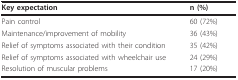
<table><thead><tr><td><b>Key expectation</b></td><td><b>n (%)</b></td></tr></thead><tbody><tr><td>Pain control</td><td>60 (72%)</td></tr><tr><td>Maintenance/improvement of mobility</td><td>36 (43%)</td></tr><tr><td>Relief of symptoms associated with their condition</td><td>35 (42%)</td></tr><tr><td>Relief of symptoms associated with wheelchair use</td><td>24 (29%)</td></tr><tr><td>Resolution of muscular problems</td><td>17 (20%)</td></tr></tbody></table>